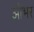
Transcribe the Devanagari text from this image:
ओभर